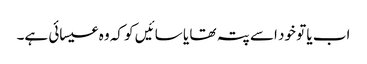
اب یا تو خود اسے پتہ تھا یا سائیں کو کہ وہ عیسائی ہے۔